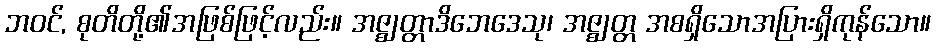
ဘဝင်, စုတိတို့၏အဖြစ်ဖြင့်လည်း။ အဇ္ဈတ္တာဒိဘေဒေသု၊ အဇ္ဈတ္တ အစရှိသောအပြားရှိကုန်သော။